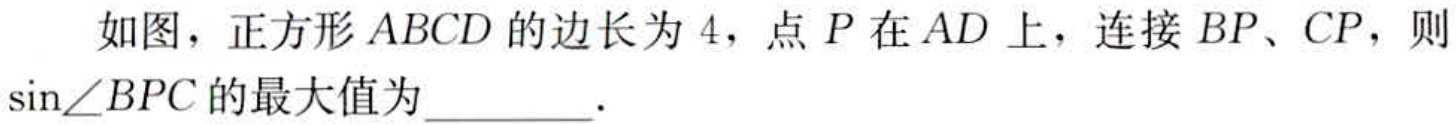
如图，正方形\(ABCD\)的边长为\(4\)，点\(P\)在\(AD\)上，连接\(BP\)、\(CP\)，则\(\sin\angle BPC\)的最大值为  ．